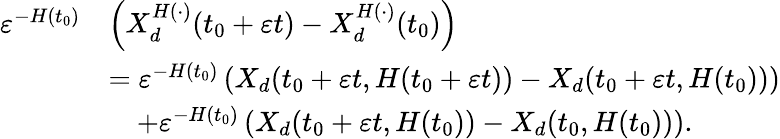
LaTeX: \begin{array}{rl}{\varepsilon^{-H(t_{0})}}&{\left(X_{d}^{H(\cdot)}(t_{0}+\varepsilon t)-X_{d}^{H(\cdot)}(t_{0})\right)}\\ &{=\varepsilon^{-H(t_{0})}\left(X_{d}(t_{0}+\varepsilon t,H(t_{0}+\varepsilon t))-X_{d}(t_{0}+\varepsilon t,H(t_{0}))\right)}\\ &{\quad+\varepsilon^{-H(t_{0})}\left(X_{d}(t_{0}+\varepsilon t,H(t_{0}))-X_{d}(t_{0},H(t_{0}))\right).}\end{array}